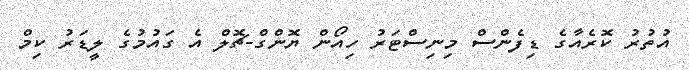
އުތުރު ކޮރެއާގެ ޑިފެންސް މިނިސްޓަރު ހިއޯން ޔޮންގް-ޗޮލް އެ ގައުމުގެ ލީޑަރު ކިމް